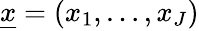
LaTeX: \underline{{x}}=(x_{1},\dots,x_{J})